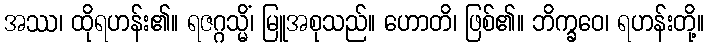
အဿ၊ ထိုရဟန်း၏။ ရဇဂ္ဂသ္မိံ၊ မြူအစုသည်။ ဟောတိ၊ ဖြစ်၏။ ဘိက္ခဝေ၊ ရဟန်းတို့။